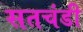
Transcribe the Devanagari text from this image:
सतचंडी